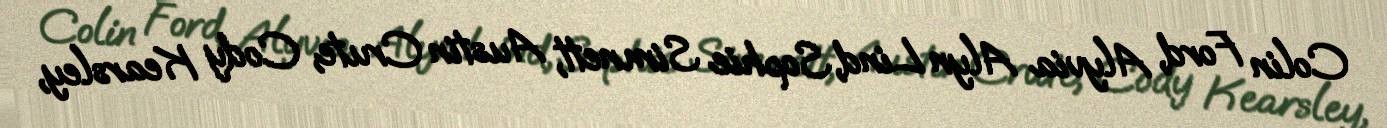
Colin Ford, Alyvia Alyn Lind, Sophie Simnett, Austin Crute, Cody Kearsley,